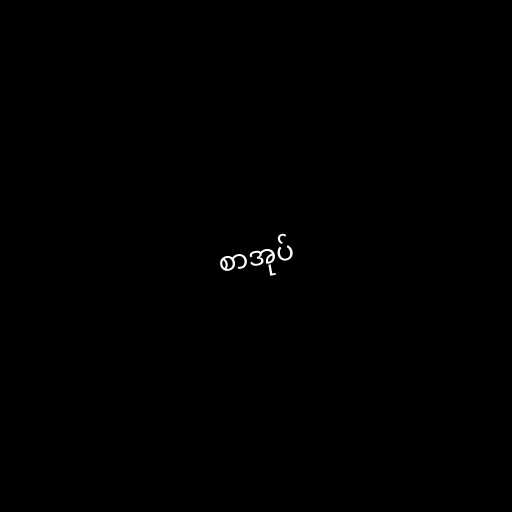
စာအုပ်